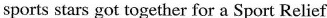
sports stars got together for a Sport Relief